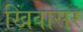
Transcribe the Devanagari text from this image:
खिंवासर